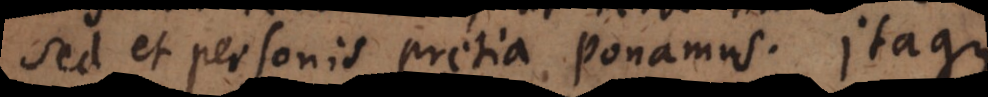
sed et personis pretia ponamus. Itaque